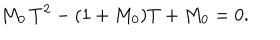
M _ { 0 } \, T ^ { 2 } - ( 1 + M _ { 0 } ) T + M _ { 0 } = 0 .